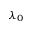
\lambda _ { 0 }